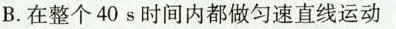
B.在整个40s时间内都做匀速直线运动